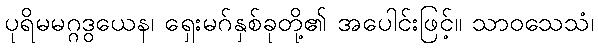
ပုရိမမဂ္ဂဒွယေန၊ ရှေးမဂ်နှစ်ခုတို့၏ အပေါင်းဖြင့်။ သာဝသေသံ၊